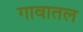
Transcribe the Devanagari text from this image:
गावातल